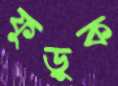
ফুড়ুক